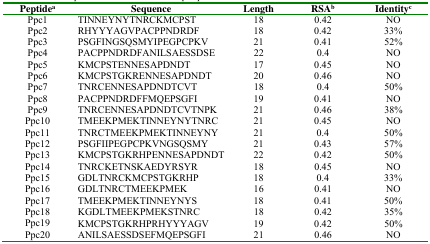
<table><thead><tr><td><b>Peptidea</b></td><td><b>Sequence</b></td><td><b>Length</b></td><td><b>RSAb</b></td><td><b>Identityc</b></td></tr></thead><tbody><tr><td>Ppc1</td><td>TINNEYNYTNRCKMCPST</td><td>18</td><td>0.42</td><td>NO</td></tr><tr><td>Ppc2</td><td>RHYYYAGVPACPPNDRDF</td><td>18</td><td>0.42</td><td>33%</td></tr><tr><td>Ppc3</td><td>PSGFINGSQSMYIPEGPCPKV</td><td>21</td><td>0.41</td><td>52%</td></tr><tr><td>Ppc4</td><td>PACPPNDRDFANILSAESSDSE</td><td>22</td><td>0.4</td><td>NO</td></tr><tr><td>Ppc5</td><td>KMCPSTENNESAPDNDT</td><td>17</td><td>0.45</td><td>NO</td></tr><tr><td>Ppc6</td><td>KMCPSTGKRENNESAPDNDT</td><td>20</td><td>0.46</td><td>NO</td></tr><tr><td>Ppc7</td><td>TNRCENNESAPDNDTCVT</td><td>18</td><td>0.4</td><td>50%</td></tr><tr><td>Ppc8</td><td>PACPPNDRDFFMQEPSGFI</td><td>19</td><td>0.41</td><td>NO</td></tr><tr><td>Ppc9</td><td>TNRCENNESAPDNDTCVTNPK</td><td>21</td><td>0.46</td><td>38%</td></tr><tr><td>Ppc10</td><td>TMEEKPMEKTINNEYNYTNRC</td><td>21</td><td>0.45</td><td>NO</td></tr><tr><td>Ppc11</td><td>TNRCTMEEKPMEKTINNEYNY</td><td>21</td><td>0.4</td><td>50%</td></tr><tr><td>Ppc12</td><td>PSGFIIPEGPCPKVNGSQSMY</td><td>21</td><td>0.43</td><td>57%</td></tr><tr><td>Ppc13</td><td>KMCPSTGKRHPENNESAPDNDT</td><td>22</td><td>0.42</td><td>50%</td></tr><tr><td>Ppc14</td><td>TNRCKETNSKAEDYRSYR</td><td>18</td><td>0.45</td><td>NO</td></tr><tr><td>Ppc15</td><td>GDLTNRCKMCPSTGKRHP</td><td>18</td><td>0.4</td><td>33%</td></tr><tr><td>Ppc16</td><td>GDLTNRCTMEEKPMEK</td><td>16</td><td>0.41</td><td>NO</td></tr><tr><td>Ppc17</td><td>TMEEKPMEKTINNEYNYS</td><td>18</td><td>0.41</td><td>50%</td></tr><tr><td>Ppc18</td><td>KGDLTMEEKPMEKSTNRC</td><td>18</td><td>0.42</td><td>35%</td></tr><tr><td>Ppc19</td><td>KMCPSTGKRHPRHYYYAGV</td><td>19</td><td>0.42</td><td>50%</td></tr><tr><td>Ppc20</td><td>ANILSAESSDSEFMQEPSGFI</td><td>21</td><td>0.46</td><td>NO</td></tr></tbody></table>